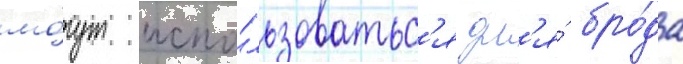
мо́гут испо́льзоватьс'я дл'я́ бро́да